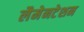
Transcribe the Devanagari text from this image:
लैमेनटेशन